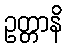
ဥတ္တာနိ